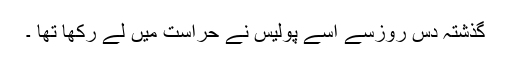
گذشتہ دس روزسے اسے پولیس نے حراست میں لے رکھا تھا ۔